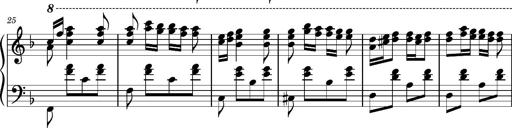
Title: Ungarischer Romanzero
Composer: Franz Liszt